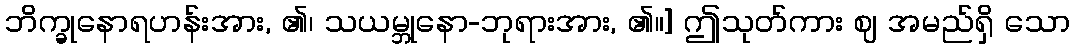
ဘိက္ခုနောရဟန်းအား, ၏၊ သယမ္ဘုနော-ဘုရားအား, ၏။] ဤသုတ်ကား ဈ အမည်ရှိ သော